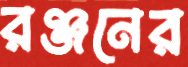
রঞ্জনের